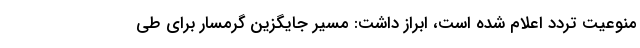
منوعیت تردد اعلام شده است، ابراز داشت: مسیر جایگزین گرمسار برای طی